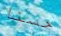
حسنا